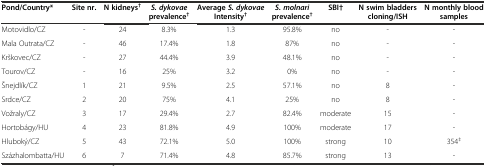
<table><thead><tr><td><b>Pond/Country*</b></td><td><b>Site nr.</b></td><td><b>N kidneys<sup>†</sup></b></td><td><b><i>S. dykovae</i>prevalence<sup>†</sup></b></td><td><b>Average <i>S. dykovae</i>Intensity<sup>†</sup></b></td><td><b><i>S. molnari</i>prevalence<sup>†</sup></b></td><td><b>SBI†</b></td><td><b>N swim bladders cloning/ISH</b></td><td><b>N monthly blood samples</b></td></tr></thead><tbody><tr><td>Motovidlo/CZ</td><td>-</td><td>24</td><td>8.3%</td><td>1.3</td><td>95.8%</td><td>no</td><td>-</td><td>-</td></tr><tr><td>Mala Outrata/CZ</td><td>-</td><td>46</td><td>17.4%</td><td>1.8</td><td>87%</td><td>no</td><td>-</td><td>-</td></tr><tr><td>Krškovec/CZ</td><td>-</td><td>27</td><td>44.4%</td><td>3.9</td><td>48.1%</td><td>no</td><td>-</td><td>-</td></tr><tr><td>Tourov/CZ</td><td>-</td><td>16</td><td>25%</td><td>3.2</td><td>0%</td><td>no</td><td>-</td><td>-</td></tr><tr><td>Šnejdlík/CZ</td><td>1</td><td>21</td><td>9.5%</td><td>2.5</td><td>57.1%</td><td>no</td><td>8</td><td>-</td></tr><tr><td>Srdce/CZ</td><td>2</td><td>20</td><td>75%</td><td>4.1</td><td>25%</td><td>no</td><td>8</td><td>-</td></tr><tr><td>Vožraly/CZ</td><td>3</td><td>17</td><td>29.4%</td><td>2.7</td><td>82.4%</td><td>moderate</td><td>15</td><td>-</td></tr><tr><td>Hortobágy/HU</td><td>4</td><td>23</td><td>81.8%</td><td>4.9</td><td>100%</td><td>moderate</td><td>17</td><td>-</td></tr><tr><td>Hluboký/CZ</td><td>5</td><td>43</td><td>72.1%</td><td>5.0</td><td>100%</td><td>strong</td><td>10</td><td>354<sup>‡</sup></td></tr><tr><td>Százhalombatta/HU</td><td>6</td><td>7</td><td>71.4%</td><td>4.8</td><td>85.7%</td><td>strong</td><td>13</td><td>-</td></tr></tbody></table>